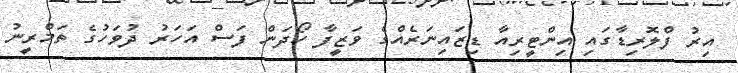
އިރު ފްލޮރިޑާގައި އިންޓީރިއާ ޑިޒައިނަރެއްގެ ވަޒީފާ ހޯދަން ފަސް އަހަރު ދުވަހުގެ ތަމްރީނު